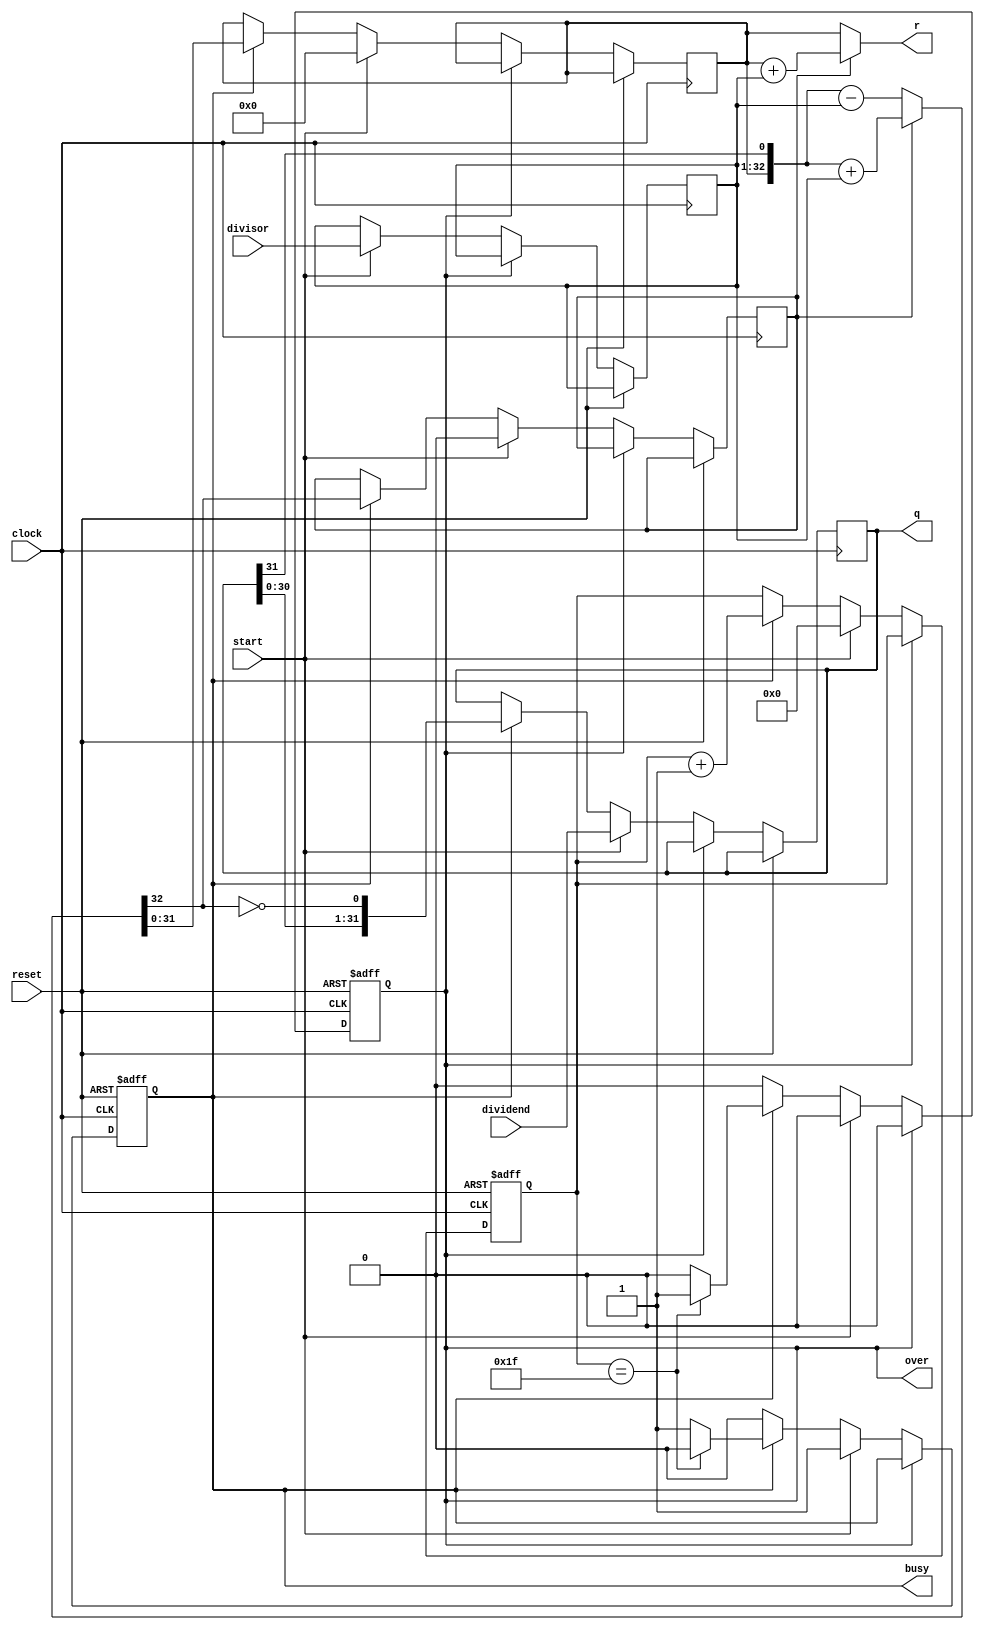
module DIVU(
input [31:0]dividend,
input [31:0]divisor,
input start,
input clock,
input reset,
output [31:0]q,
output [31:0]r,
output reg busy,
output reg over
    );
    wire ready;
    reg [4:0]count;
    reg [31:0]reg_q;
    reg [31:0]reg_r;
    reg [31:0]reg_b;
    reg busy2,r_sign;
    assign ready = ~busy & busy2;   
    
    wire [32:0] sub_add = r_sign ? ({reg_r,q[31]}+{1'b0,reg_b}) : ({reg_r,q[31]}-{1'b0,reg_b}) ;
    assign r = r_sign ? reg_r + reg_b : reg_r;
    assign q = reg_q;
    
    always @(posedge clock or posedge reset)
    begin
    if(reset==1)
    begin
        count<=5'b0;
        busy<=0;
        busy2<=0;
        over<=0;
    end
    else
    begin
        busy2<=busy;
        if(over==1)
        begin
        over<=0;
        end
        else if(start)
        begin
            reg_r<=32'b0;
            r_sign<=0;
            reg_q<=dividend;
            reg_b<=divisor;
            count<=5'b0;
            busy<=1'b1;
            over<=0;
        end
        else if(busy)
        begin
            reg_r<=sub_add[31:0];
            r_sign<=sub_add[32];
            reg_q<={reg_q[30:0],~sub_add[32]};
            count<=count+5'b1;
            if(count==5'b11111)
            begin
                busy<=0;
                over<=1;
                end
        end
    end
    end
endmodule